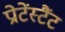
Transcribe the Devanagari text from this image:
प्रोटेंस्टैंट